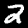
Digit: 2